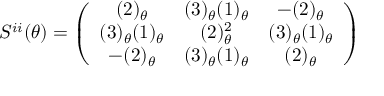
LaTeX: S ^ { i i } ( \theta ) = \left( \begin{array} { c c c } { { ( 2 ) _ { \theta } } } & { { ( 3 ) _ { \theta } ( 1 ) _ { \theta } } } & { { - ( 2 ) _ { \theta } } } \\ { { ( 3 ) _ { \theta } ( 1 ) _ { \theta } } } & { { ( 2 ) _ { \theta } ^ { 2 } } } & { { ( 3 ) _ { \theta } ( 1 ) _ { \theta } } } \\ { { - ( 2 ) _ { \theta } } } & { { ( 3 ) _ { \theta } ( 1 ) _ { \theta } } } & { { ( 2 ) _ { \theta } } } \end{array} \right)